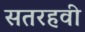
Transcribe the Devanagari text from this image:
सतरहवी